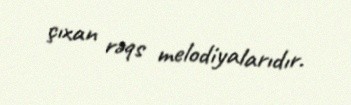
çıxan rəqs melodiyalarıdır.